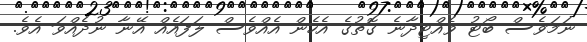
ނަމަވެސް ބޯޓު ވެއްޓިދާނެ ގޮތުގެ އެހެން އެއްވެސް ލަފައެއް އޭނާ ނުދެއްވަ އެވެ.